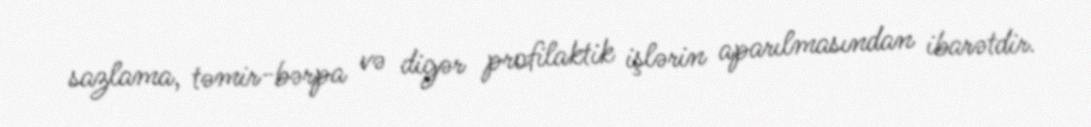
sazlama, təmir-bərpa və digər profilaktik işlərin aparılmasından ibarətdir.